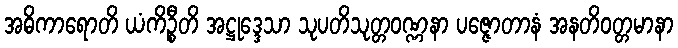
အဓိကာရောတိ ယံကိဉ္စီတိ အဋ္ဌုဒ္ဒေသာ သုပတိသုတ္တဝဏ္ဏနာ ပဇ္ဇောတာနံ အနတိဝတ္တမာနာ